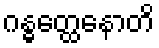
ဂန္ဓတ္ထေနောတိ